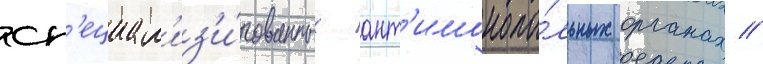
сп'ециал'из'и́рованных ант'имонопо́льных органах //